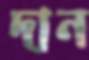
দান